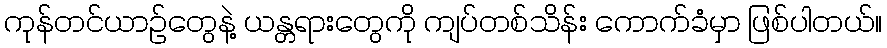
ကုန်တင်ယာဉ်တွေနဲ့ ယန္တရားတွေကို ကျပ်တစ်သိန်း ကောက်ခံမှာ ဖြစ်ပါတယ်။